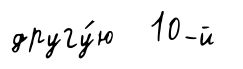
другу́ю 10-й